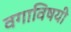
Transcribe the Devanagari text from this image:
वगाविषयी